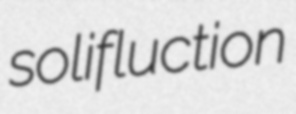
solifluction